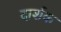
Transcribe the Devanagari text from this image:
दार्शक